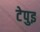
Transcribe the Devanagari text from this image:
टेपुइ